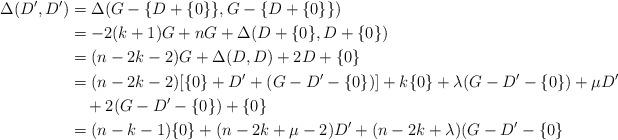
LaTeX: \begin{align*}\Delta(D',D')& = \Delta(G-\{D+\{0\}\},G-\{D+\{0\}\})\\& = -2(k+1)G+nG+\Delta(D+\{0\},D+\{0\}) \\&= (n-2k-2)G+\Delta(D,D)+2D+\{0\}\\&=(n-2k-2)[\{0\}+D'+(G-D'-\{0\})]+k\{0\}+\lambda(G-D'-\{0\})+\mu D'\\&\ \ \ +2(G-D'-\{0\})+\{0\}\\&=(n-k-1)\{0\}+(n-2k+\mu-2)D'+(n-2k+\lambda)(G-D'-\{0\}\end{align*}